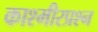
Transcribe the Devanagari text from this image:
काश्‍मीरप्रश्‍न